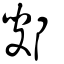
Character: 鄋